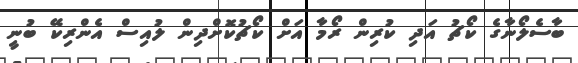
ބާސެލޯނާގެ ކޯޗު އަދި ކުރިން ރޯމާ އަށް ކޯޗުކޮށްދިން ލުއިސް އެންރިކޭ ބުނީ